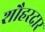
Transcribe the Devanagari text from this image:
शौहरदार